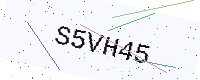
Text: S5VH45